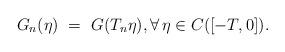
LaTeX: \begin{align*}G_n(\eta) \ = \ G(T_n\eta), \forall\,\eta\in C([-T,0]).\end{align*}